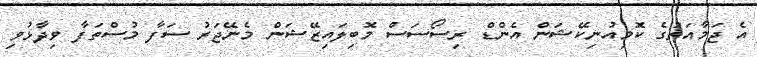
އެ ޖަމާއަތުގެ ކޮމިއުނިކޭޝަން އެންޑް ރިސޯސަސް މޮބިލައިޒޭޝަން މެނޭޖަރު ސަފާ މުސްތަފާ ވިދާޅުވި